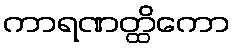
ကာရဏတ္ထိကော